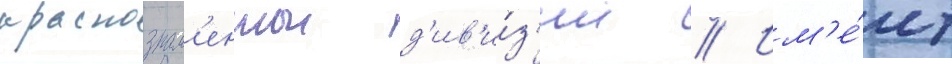
краснознам'еннои д'ив'и́з'ии // Им'е́ет